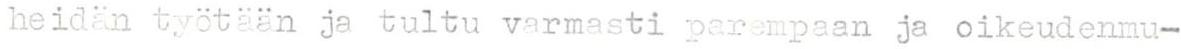
heidän työtään ja tultu varmasti parempaan ja oikeudenmu-